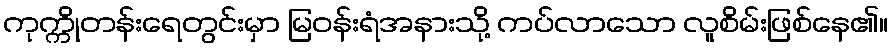
ကုက္ကိုတန်းရေတွင်းမှာ မြဝန်းရံအနားသို့ ကပ်လာသော လူစိမ်းဖြစ်နေ၏။